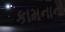
કામનાનો